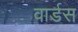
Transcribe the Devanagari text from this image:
वार्डस